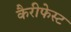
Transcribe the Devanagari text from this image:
कैरीफेस्ट